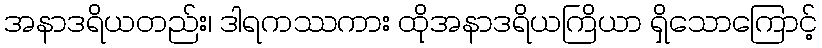
အနာဒရိယတည်း၊ ဒါရကဿကား ထိုအနာဒရိယကြိယာ ရှိသောကြောင့်